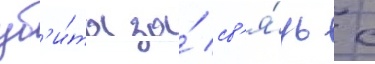
уб'и́та за́ св'я́зь с